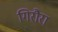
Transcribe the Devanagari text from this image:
गिरौरा